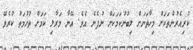
ކުރިއެރުންތަކަށް މިހާތަނަށް ލިބުނުކަމަކަށް ނުފެނެ އެވެ. އޭނާ މަރާލި ކަމަށް ތުހުމަތު ކުރެވޭ